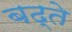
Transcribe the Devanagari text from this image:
बढ्ते